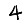
Digit: 4